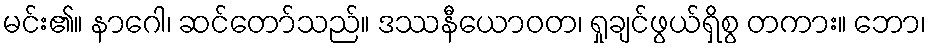
မင်း၏။ နာဂေါ၊ ဆင်တော်သည်။ ဒဿနီယောဝတ၊ ရှုချင်ဖွယ်ရှိစွ တကား။ ဘော၊